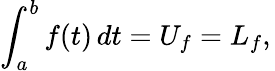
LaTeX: \int_{a}^{b}{f(t)\, dt}=U_{f}=L_{f},\,